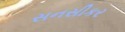
સનસીકર